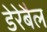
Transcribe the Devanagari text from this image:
डेरेबैल